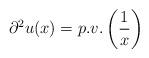
LaTeX: \begin{align*}\partial^2 u(x) = p. v. \left(\frac{1}{x}\right)\end{align*}